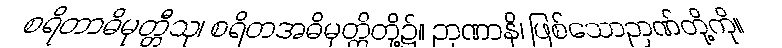
စရိတာဓိမုတ္တီသု၊ စရိတအဓိမုတ္တိတို့၌။ ဉာဏာနိ၊ ဖြစ်သောဉာဏ်တို့ကို။